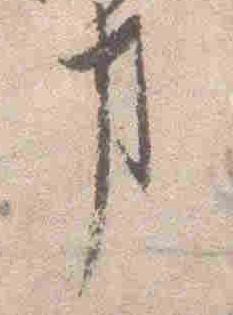
事